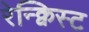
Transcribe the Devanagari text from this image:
रेन्क्विस्ट